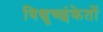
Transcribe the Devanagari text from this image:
विद्युच्छंकेतों